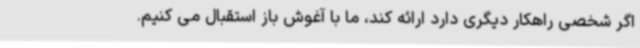
اگر شخصی راهکار دیگری دارد ارائه کند، ما با آغوش باز استقبال می کنیم.